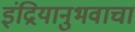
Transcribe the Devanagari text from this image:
इंद्रियानुभवाचा